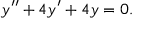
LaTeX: y ^ { \prime \prime } + 4 y ^ { \prime } + 4 y = 0 .